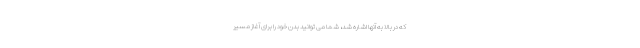
که در بالا به آنها اشاره شد، شما می توانید بدن خود را برای آغاز مسیر